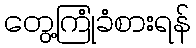
တွေ့ကြုံခံစားရန်